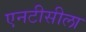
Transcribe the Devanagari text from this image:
एनटीसीला